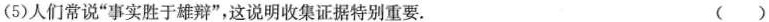
(5)人们常说”事实胜于雄辩”，这说明收集证据特别重要。 ( )